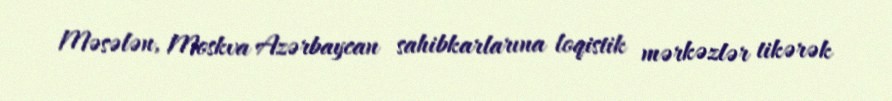
Məsələn, Moskva Azərbaycan sahibkarlarına loqistik mərkəzlər tikərək